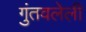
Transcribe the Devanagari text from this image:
गुंतवलेली